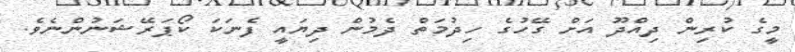
މީގެ ކުރިން ދިއްދޫ އަށް ގޭހުގެ ހިދުމަތް ދެމުން ދިޔައީ ފެނަކަ ކޯޕަރޭޝަނުންނެވެ.